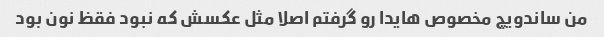
من ساندویچ مخصوص هایدا رو گرفتم اصلا مثل عکسش که نبود فقظ نون بود